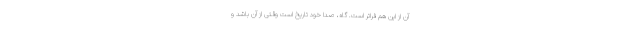
آن از این هم فراتر است. گاه، صدا خودِ تاریخ است وقتی از آنِ باشد و